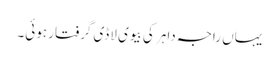
یہاں راجہ داہر کی بیوی لاڈی گرفتار ہوئی۔